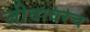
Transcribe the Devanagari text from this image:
जीवावरच